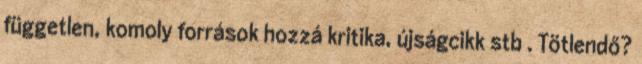
független, komoly források hozzá kritika, újságcikk stb . Tötlendő?